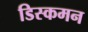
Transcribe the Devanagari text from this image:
डिस्कमन